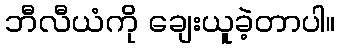
ဘီလီယံကို ချေးယူခဲ့တာပါ။